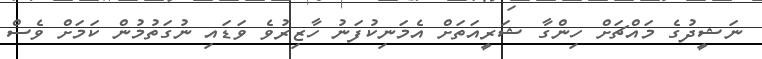
ނަޝީދުގެ މައްޗަށް ހިންގާ ޝަރީއަތަށް އެމަނިކުފަނު ހާޒިރުވެ ވަޑައި ނުގަތުމުން ކަމަށް ވެސް